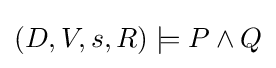
(D,V,s,R)\models P\land Q